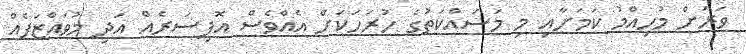
ވަރަށް މުހިއްމު ކަމަށާއި މި މަސައްކަތުގެ ހުރަހަކަށް އެއްވެސް އޮފިސަރެއް އަދި މުވައްޒަފެއް